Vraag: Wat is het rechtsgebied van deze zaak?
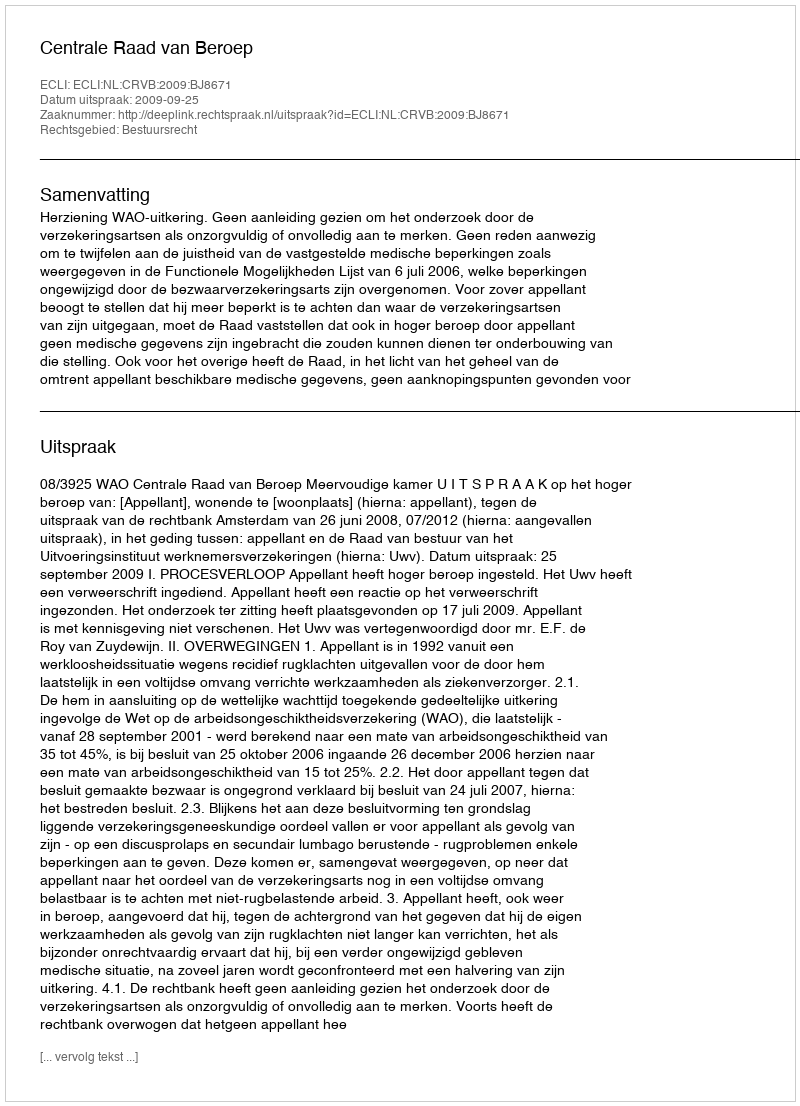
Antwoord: Bestuursrecht